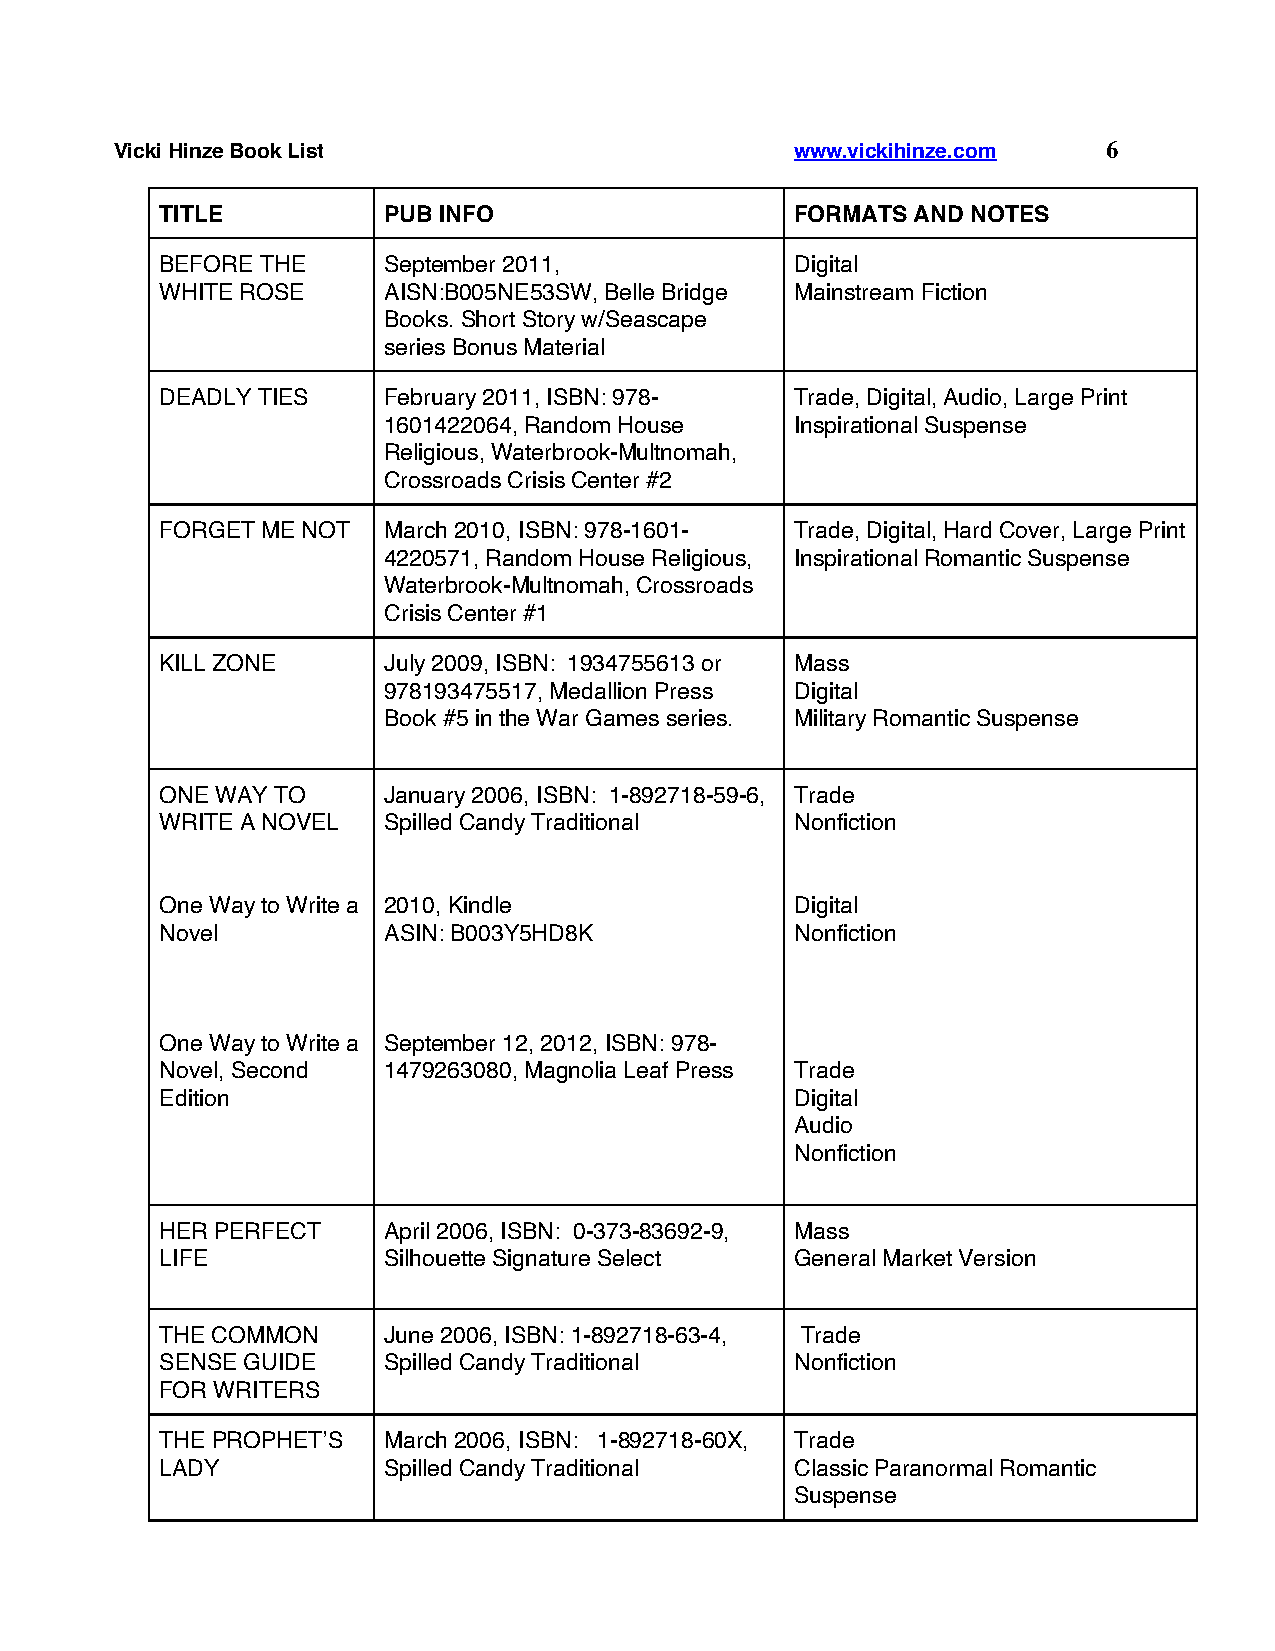
Vicki Hinze Book List                        www.vickihinze.com  6
 TITLE         PUB INFO                    FORMATS AND NOTES
 BEFORE THE    September 2011,             Digital
 WHITE ROSE    AISN:B005NE53SW, Belle Bridge Mainstream Fiction
 Books. Short Story w/Seascape
 series Bonus Material
 DEADLY TIES   February 2011, ISBN: 978-   Trade, Digital, Audio, Large Print
 1601422064, Random House    Inspirational Suspense
 Religious, Waterbrook-Multnomah,
 Crossroads Crisis Center #2
 FORGET ME NOT March 2010, ISBN: 978-1601- Trade, Digital, Hard Cover, Large Print
 4220571, Random House Religious, Inspirational Romantic Suspense
 Waterbrook-Multnomah, Crossroads
 Crisis Center #1
 KILL ZONE     July 2009, ISBN: 1934755613 or Mass
 978193475517, Medallion Press Digital
 Book #5 in the War Games series. Military Romantic Suspense
 ONE WAY TO    January 2006, ISBN: 1-892718-59-6, Trade
 WRITE A NOVEL Spilled Candy Traditional   Nonfiction
 One Way to Write a 2010, Kindle           Digital
 Novel         ASIN: B003Y5HD8K            Nonfiction
 One Way to Write a September 12, 2012, ISBN: 978-
 Novel, Second 1479263080, Magnolia Leaf Press Trade
 Edition                                   Digital
 Audio
 Nonfiction
 HER PERFECT   April 2006, ISBN: 0-373-83692-9, Mass
 LIFE          Silhouette Signature Select General Market Version
 THE COMMON    June 2006, ISBN: 1-892718-63-4, Trade
 SENSE GUIDE   Spilled Candy Traditional   Nonfiction
 FOR WRITERS
 THE PROPHET’S March 2006, ISBN: 1-892718-60X, Trade
 LADY          Spilled Candy Traditional   Classic Paranormal Romantic
 Suspense